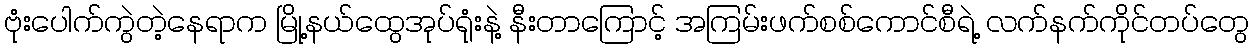
ဗုံးပေါက်ကွဲတဲ့နေရာက မြို့နယ်ထွေအုပ်ရုံးနဲ့ နီးတာကြောင့် အကြမ်းဖက်စစ်ကောင်စီရဲ့ လက်နက်ကိုင်တပ်တွေ